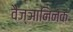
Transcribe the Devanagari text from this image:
वैज्ञानिनक